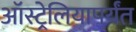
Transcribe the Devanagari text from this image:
ऑस्ट्रेलियापर्यंत